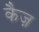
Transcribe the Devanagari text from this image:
कैज़